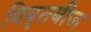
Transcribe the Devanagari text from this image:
विबृतबीज